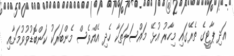
އަދި ޕާޓީގެ ތެރޭގައި މިހާރު އުޅޭ މައްސަލަތަކާ ހެދި އެއްވެސް މެންބަރަކު ކަންބޮޑުވުވުމަށާއި